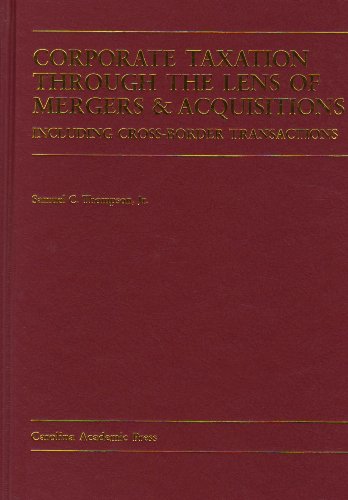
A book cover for Corporate Taxation Through the Lens of Mergers And Acquisitions: Including Cross-Border Transactions; Samuel C. Thompson; Crafts, Hobbies & Home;